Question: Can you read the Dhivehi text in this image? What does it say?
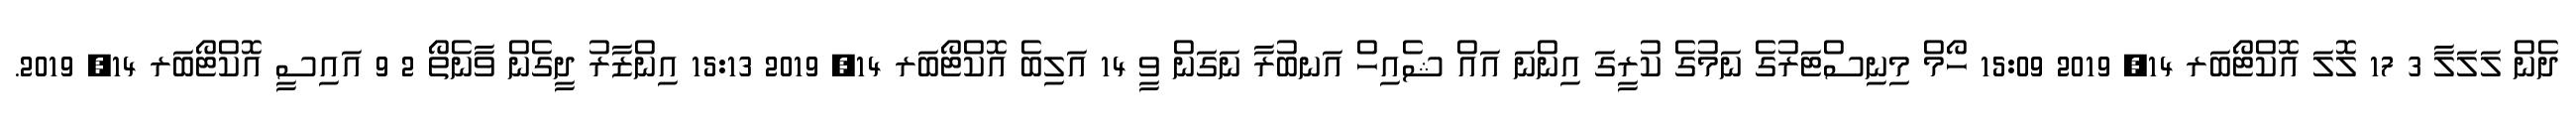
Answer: ދެން ލަލަލާ 3 17 ލޮލަ އޮކްޓޯބަރ 14, 2019 15:09 ހޯމް މިނިސްޓަރުގެ ނަމުގެ ކުރީގަ އިންނަ އައް ޝެއިހް އަނބުރާ ނަގަން ވީ 14 އަލިބެ އޮކްޓޯބަރ 14, 2019 15:13 އިންޒާރު ދީގެން ވާނެތޯ 2 9 އައިސީ އޮކްޓޯބަރ 14, 2019.